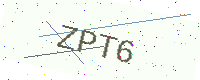
Text: ZPT6